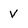
Character: V